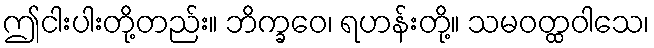
ဤငါးပါးတို့တည်း။ ဘိက္ခဝေ၊ ရဟန်းတို့။ သမဝတ္ထဝါသေ၊